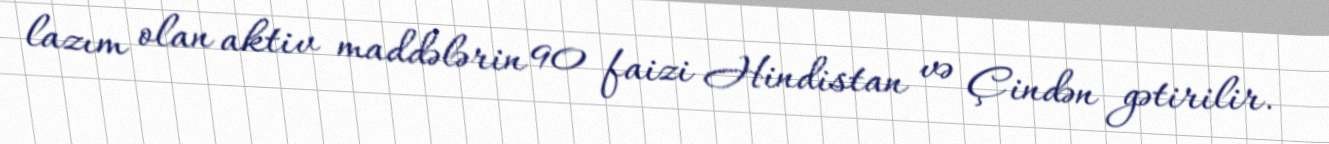
lazım olan aktiv maddələrin 90 faizi Hindistan və Çindən gətirilir.